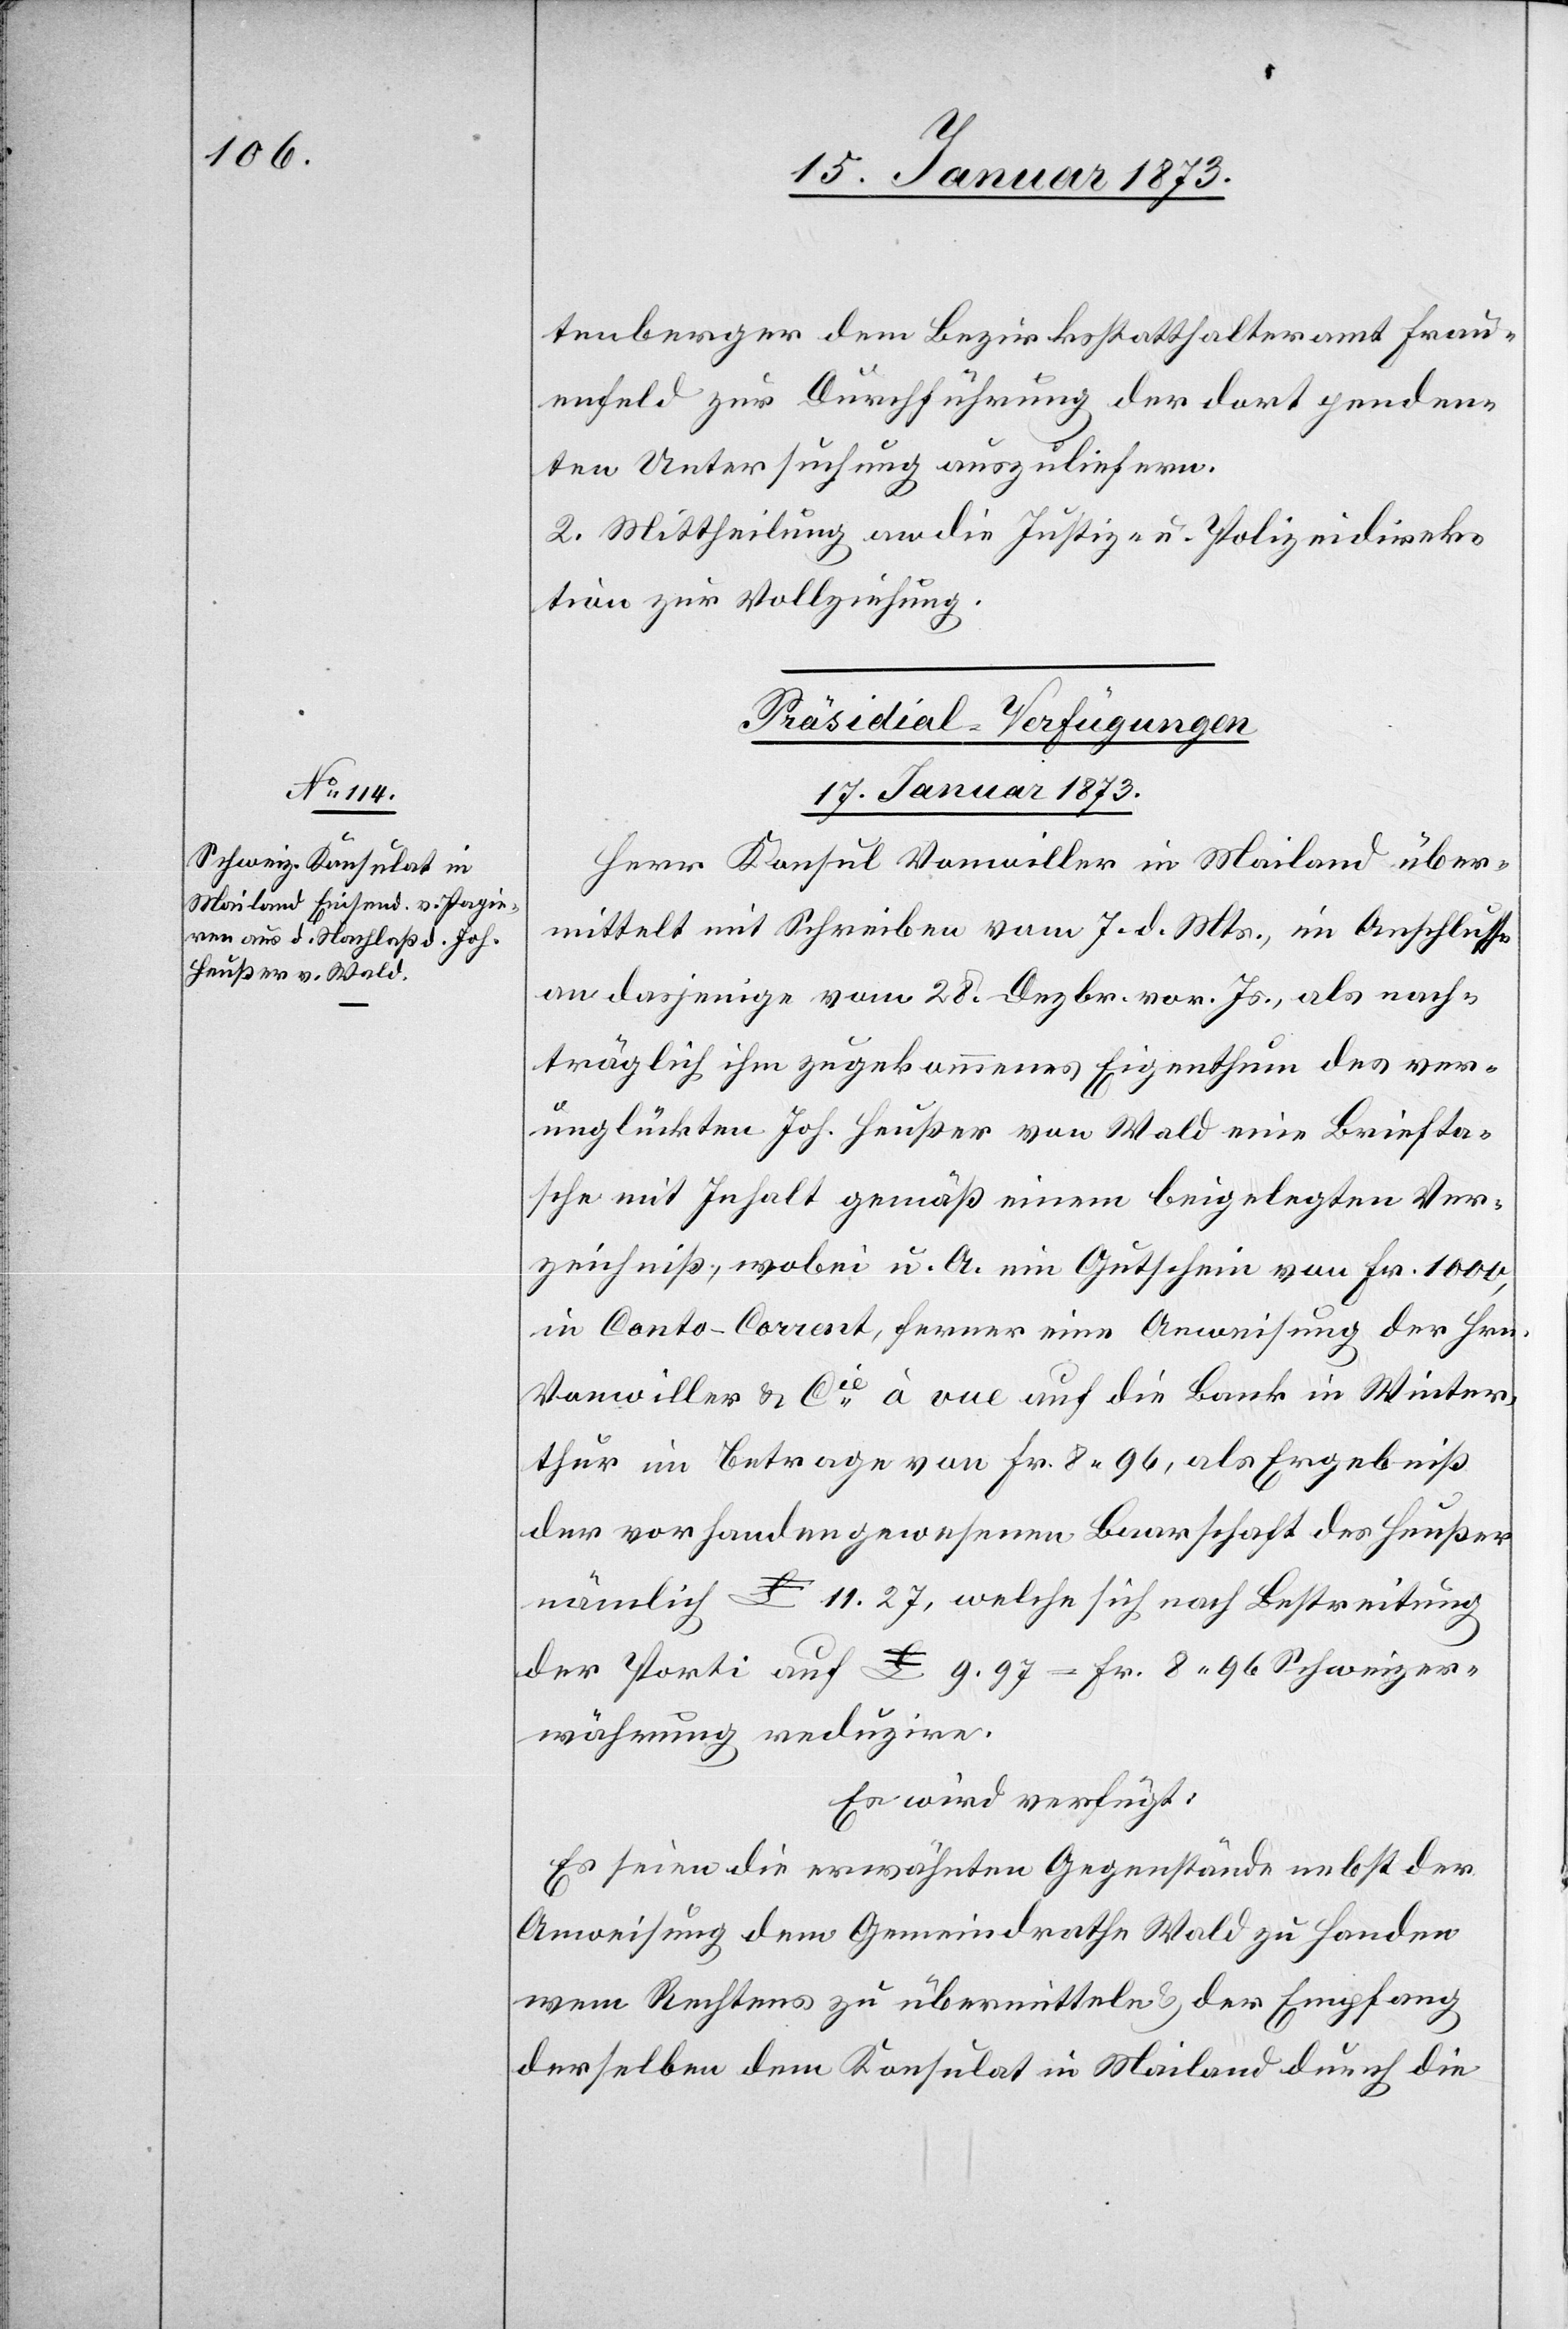
tenberger dem Bezirksstatthalteramt Frau¬
enfeld zur Durchführung der dort penden¬
ten Untersuchung auszuliefern.
2. Mittheilung an die Justiz- u. Polizeidirek¬
tion zur Vollziehung.
Präsidial-Verfügungen
17. Januar 1873.
Herr Konsul Vonwiller in Mailand über¬
mittelt mit Schreiben vom 7. d. Mts., im Anschlusse
an dasjenige vom 28. Dezbr. vor. Js., als nach¬
träglich ihm zugekommenes Eigenthum des ver¬
unglückten Joh. Heußer von Wald eine Briefta¬
sche mit Inhalt gemäß einem beigelegten Ver¬
zeichniß, wobei u. A. ein Gutschein von Fr. 1000,
in Conto-Courant, ferner eine Anweisung der Hrn.
Vonwiller u. Cie à vue auf die Bank in Winter¬
thur im Betrage von Fr. 8. 96, als Ergebniß
der vorhanden gewesenen Baarschaft des Heußer
nämlich £ 11. 27, welche sich nach Bestreitung
der Porti auf £ 9. 97 = Fr. 8. 96 Schweizer¬
währung reduzire.
Es wird verfügt:
Es seien die erwähnten Gegenstände nebst der
Anweisung dem Gemeindrathe Wald zu Handen
wem Rechtens zu übermitteln u. der Empfang
derselben dem Konsulat in Mailand durch die